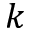
k